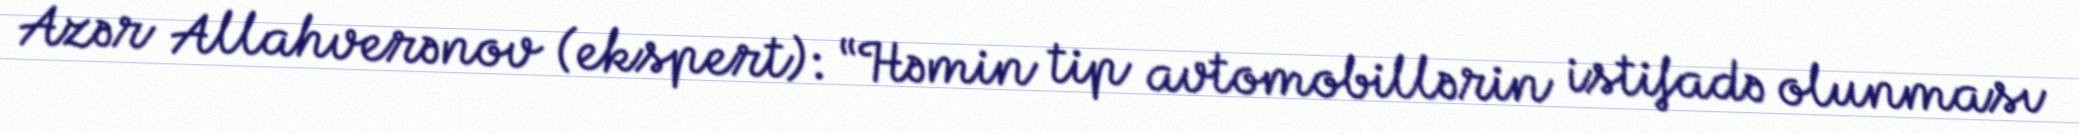
Azər Allahverənov (ekspert): “Həmin tip avtomobillərin istifadə olunması